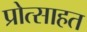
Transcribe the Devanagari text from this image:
प्रोत्साहत